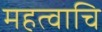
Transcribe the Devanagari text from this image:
महत्वाचि